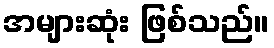
အများဆုံး ဖြစ်သည်။